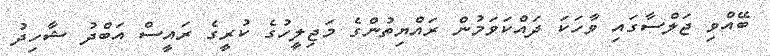
ބޭއްވި ޖަލްސާގައި ވާހަކަ ދައްކަވަމުން ރައްޔިތުންގެ މަޖިލީހުގެ ކުރީގެ ރައީސް އަބްދު ޝާހިދު